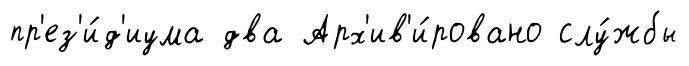
пр'ез'и́д'иума два Арх'ив'и́ровано слу́жбы